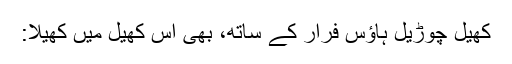
کھیل چوڑیل ہاؤس فرار کے ساتھ، بھی اس کھیل میں کھیلا: